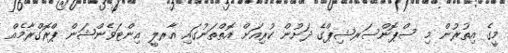
މީގެ އިތުރުން މި ސްޕޮންސަރޝިޕްގެ ދަށުން ކުރިއަށް އޮތްތަނުގައި އާރލީ އިންޓަވެންޝަން ޕްރޮގްރާމެއް